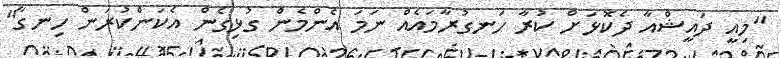
"މިއީ ދައީޝްއާ ދެކޮޅަށް ކުރާ ހަނގުރާމައެއް ނަމަ އެންމެން ގުޅިގެން އެކަންކުރަން ހިނގާ"